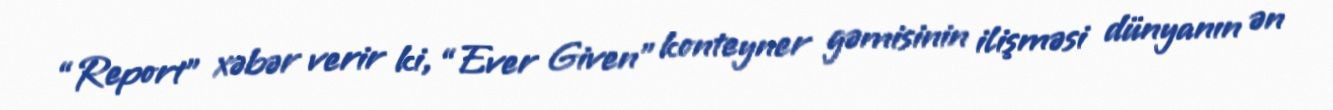
“Report” xəbər verir ki, “Ever Given” konteyner gəmisinin ilişməsi dünyanın ən